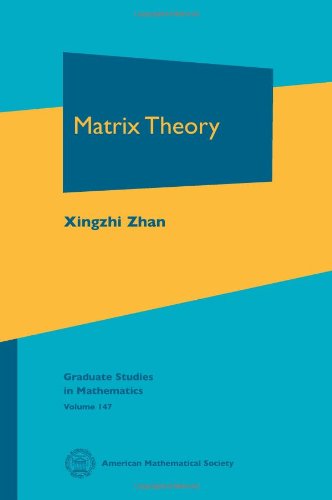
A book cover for Matrix Theory (Graduate Studies in Mathematics); Xingzhi Zhan; Science & Math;